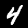
Digit: 4